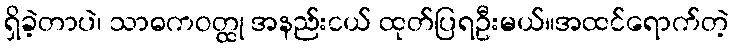
ရှိခဲ့တာပဲ၊ သာဓကဝတ္ထု အနည်းငယ် ထုတ်ပြရဦးမယ်။အထင်ရောက်တဲ့